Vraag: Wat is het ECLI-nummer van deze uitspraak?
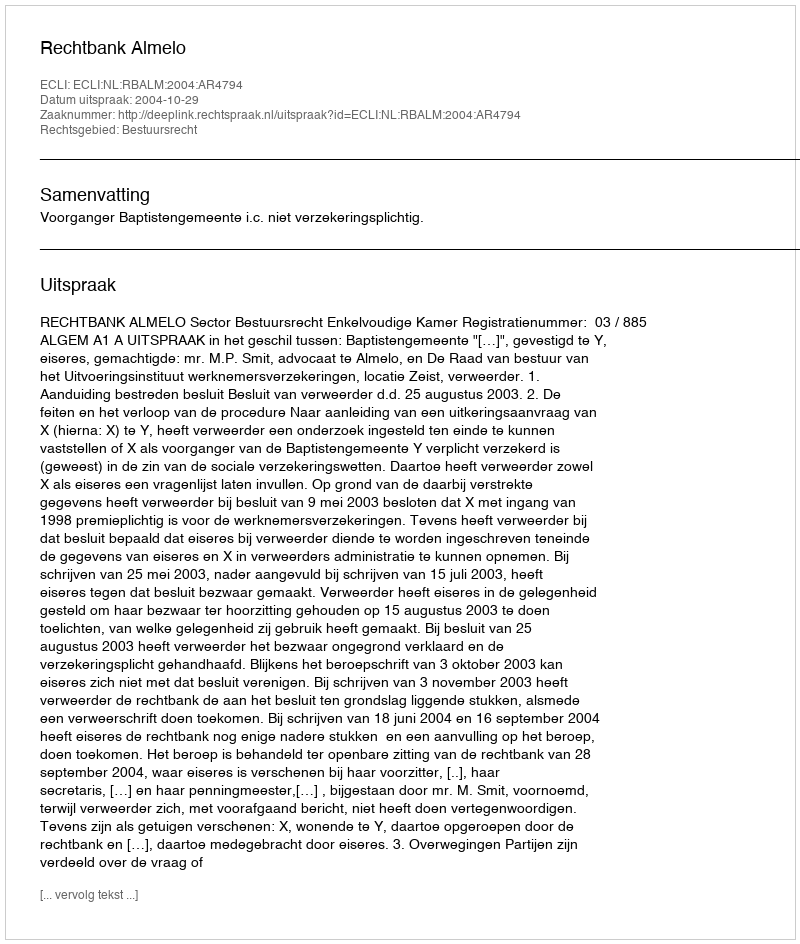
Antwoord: ECLI:NL:RBALM:2004:AR4794